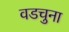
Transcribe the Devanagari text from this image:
वडचुना